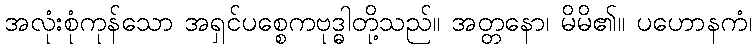
အလုံးစုံကုန်သော အရှင်ပစ္စေကဗုဒ္ဓါတို့သည်။ အတ္တနော၊ မိမိ၏။ ပဟောနကံ၊